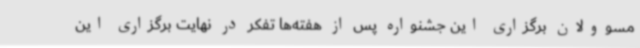
مسوولان برگزاری این جشنواره پس از هفته‌ها تفکر در نهایت برگزاری این